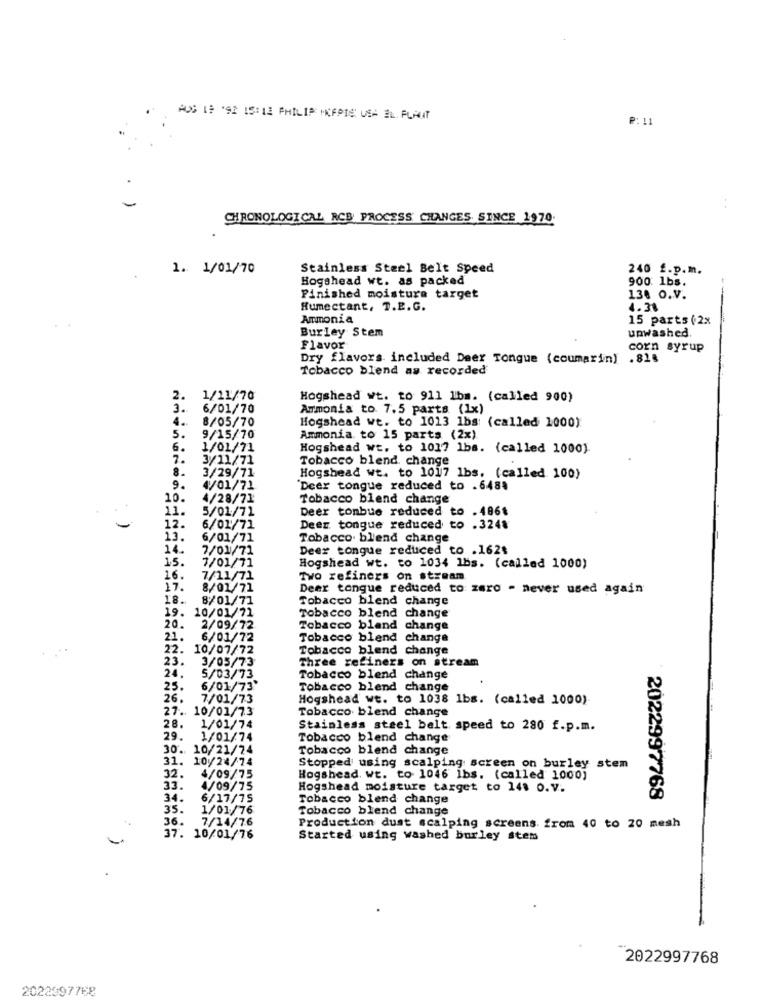
AUS 1 '92 IS:12 PHILIP HKCEPIS: USA EL. PLAUT
P:11
CHRONOLOGICAL RCB PROCESS CHANGES SINCE 1970.
1. 1/01/70
Stainless Steel Belt Speed
240 £.p.m.
Hogshead wt. as packed
900: 1bs.
Finished moisture target
130 O.V.
Humectant, T.E.G.
4.38
Ammonia
15 parts (2x
Burley Stem
unwashed
Flavor
corn syrup
Dry flavors included Deer Tongue (coumarin) .815
Tobacco blend as recorded
2. 1/11/70
Hogshead wt. to 911 lbm. (called 900)
3.
6/01/70
Armonia to 7.5 parts (1x)
4.
8/05/70
Hogshead wt. to 1013 lbs: (called 1000)
5.
9/15/70
Ammonia to 15 parts (2x).
6.
1/01/71
Hogshead wt. to 1017 lbs. (called 1000).
7.
3/11/71
Tobacco blend. change
8.
3/29/71
Hogshead wt. to 1017 lbs. (called 100)
9.
4/01/71
Deer tongue reduced to . 648.
10.
4/28/71
Tobacco blend change
11.
5/01/71
Deer tonbue reduced to .4861
12.
6/01/71
Deer tongue reduced to .3248
13.
6/01/71
Tobacco blend change
14.
7/01/71
Deer tongue reduced to .162$
15.
7/01/71
Hogshead wt. to 1034 lbs. (called 1000)
16.
7/11/71
Two refiners on stream
17.
8/01/71
Deer tongue reduced to zero - never used again
18.
8/01/71
Tobacco blend change
19. 10/01/71
Tobacco blend change
20.
2/09/72
Tobacco bland change
21.
6/01/72
Tobacco blend change
22. 10/07/72
Tobacco blend change
23.
3/05/73
Three refiners on stream
24.
5/03/73
Tobacco blend change
25.
6/01/73
Tobacco blend change
26.
7/01/73
Hogshead wt. to 1038 1bs. (called 1000)
27 .. 10/01/73
Tobacco blend change
28.
1/01/74
Stainless steel belt speed to 280 f.p.m.
29.
1/01/74
Tobacco blend change
30. 10/21/74
Tobacco blend change
31. 10/24/74
Stopped using scalping screen on burley stem
32.
4/09/75
Hogshead. Wt. to 1046 1bs. (called 1000)
33.
4/09/75
Hogshead moisture target to 148 0.V.
34.
6/17/75
Tobacco blend change
2022997768
35.
1/01/76
Tobacco blend change
36.
7/14/76
Production dust scalping screens from 40 to 20 mesh
37. 10/01/76
Started using washed burley stem
2022997768
2022397768